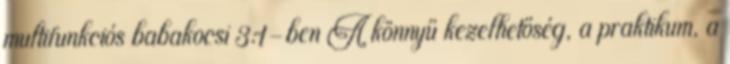
multifunkciós babakocsi 3:1-ben A könnyű kezelhetőség, a praktikum, a